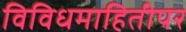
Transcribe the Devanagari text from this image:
विविधमाहितीपर